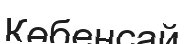
Көбенсай